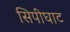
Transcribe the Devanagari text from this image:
सिपीघाट